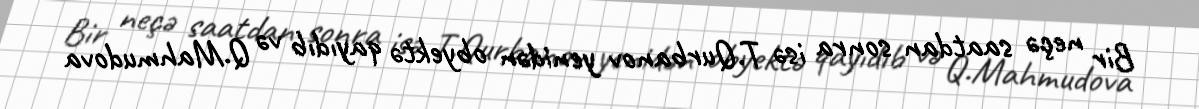
Bir neçə saatdan sonra isə T.Qurbanov yenidən obyektə qayıdıb və Q.Mahmudova